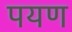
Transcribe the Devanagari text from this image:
पयण